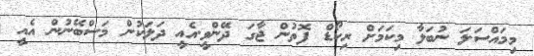
މިމައްސަލަ ނުބަލާ މިކަމަށް ރިކޯޑް ފޮތުން ޖާގަ ދޭންވީ.އެއީ ދަލަކުން މަސްބޭނުން އެއީ